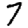
Digit: 7